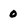
Character: 0